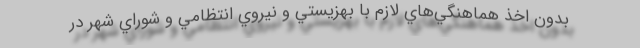
بدون اخذ هماهنگي‌هاي لازم با بهزيستي و نيروي انتظامي و شوراي شهر در